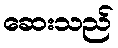
ဆေးသည်